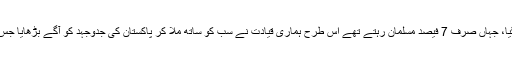
اس کام کو آگے بڑھاتے ہوئے مسلم لیگ کا اگلا اجلاس مدارس میں کیا گیا، جہاں صرف 7 فیصد مسلمان رہتے تھے اس طرح ہماری قیادت نے سب کو ساتھ ملا کر پاکستان کی جدوجہد کو آگے بڑھایا جس کے نتیجے میں صرف 7 سال بعد ایک نئی مملکت کا قیام ممکن ہوسکا۔